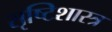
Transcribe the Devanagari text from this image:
सृष्टिशास्त्र